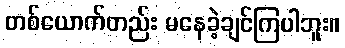
တစ်ယောက်တည်း မနေခဲ့ချင်ကြပါဘူး။